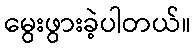
မွေးဖွားခဲ့ပါတယ်။